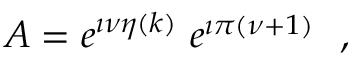
A = e ^ { \imath \nu \eta ( k ) } ~ e ^ { \imath \pi ( \nu + 1 ) } ~ ~ ,